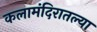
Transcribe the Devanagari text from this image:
कलामंदिरातल्या